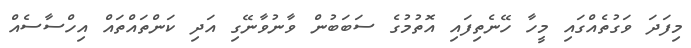
މިފަދަ ވަގުތެއްގައި މީހާ ހޭނެތިފައި އޮތުމުގެ ސަބަބުން ވާނުވާނޭގި އަދި ކަންތައްތައް އިހްސާސެއް